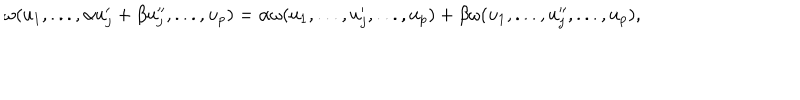
\omega ( u _ { 1 } , . . . , \alpha u _ { j } ^ { \prime } + \beta u _ { j } ^ { \prime \prime } , . . . , u _ { p } ) = \alpha \omega ( u _ { 1 } , . . . , u _ { j } ^ { \prime } , . . . , u _ { p } ) + \beta \omega ( u _ { 1 } , . . . , u _ { j } ^ { \prime \prime } , . . . , u _ { p } ) ,